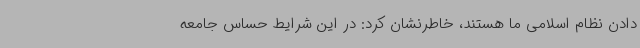
دادن نظام اسلامی ما هستند، خاطرنشان کرد: در این شرایط حساس جامعه